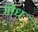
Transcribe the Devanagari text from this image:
गोध